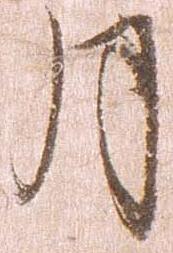
月